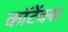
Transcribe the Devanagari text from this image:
कॉटेंक्स